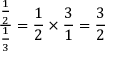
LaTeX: { \frac { \frac { 1 } { 2 } } { \frac { 1 } { 3 } } } = { \frac { 1 } { 2 } } \times { \frac { 3 } { 1 } } = { \frac { 3 } { 2 } }